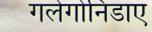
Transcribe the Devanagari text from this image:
गलेगोनिडाए